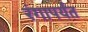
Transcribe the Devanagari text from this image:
रंगापर्यंत